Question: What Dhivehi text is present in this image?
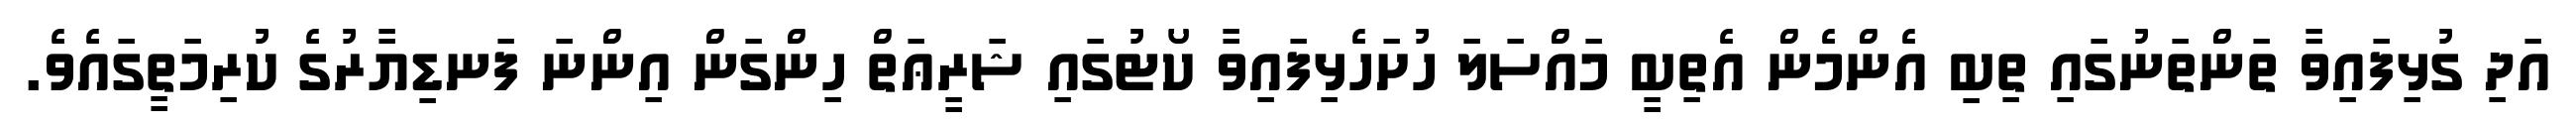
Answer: އަދި ގުޅިފައިވާ ތަންތަނުގައި ތިބި އެންމެން އެތިބީ މައްސަލަ ހުށަހެޅިފައިވާ ކޯޓުގައި ޝަރީޢަތް ހިންގަން އިންނަ ފަނޑިޔާރުގެ ކުރިމަތީގައެވެ.